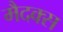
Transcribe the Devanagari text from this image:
मैदक्स